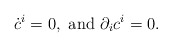
\begin{align*}\dot{c}^i = 0, \mbox{ and } \partial_ic^i = 0 .\end{align*}